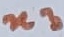
Text: n3